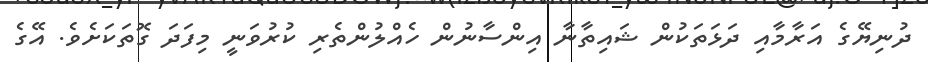
ދުނިޔޭގެ އަރާމާއި ދަޅަތަކުން ޝައިތާނާ އިންސާނުން ހެއްލުންތެރި ކުރުވަނީ މިފަދަ ގޮތަކަށެވެ. އޭގެ